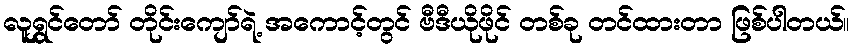
လူရွှင်တော် တိုင်းကျော်ရဲ့ အကောင့်တွင် ဗီဒီယိုဖိုင် တစ်ခု တင်ထားတာ ဖြစ်ပါတယ်။